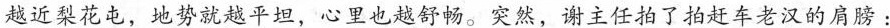
越近梨花屯，地势就越平坦，心理也越舒畅。突然，谢主任拍了拍赶车老汉得肩膀：